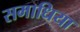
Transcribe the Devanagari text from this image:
समाधिया